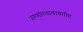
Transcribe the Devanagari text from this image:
रुग्णांच्याबाबतीत